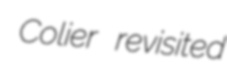
Colier revisited